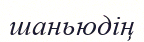
шаньюдің